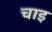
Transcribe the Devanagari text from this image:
चाइ